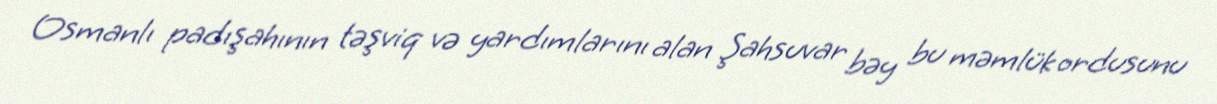
Osmanlı padışahının təşviq və yardımlarını alan Şahsuvar bəy bu məmlük ordusunu